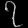
Digit: ၇